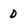
Character: D